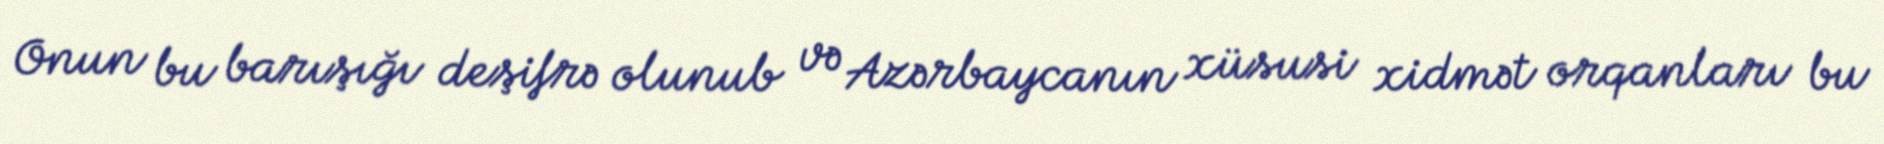
Onun bu barışığı deşifrə olunub və Azərbaycanın xüsusi xidmət orqanları bu